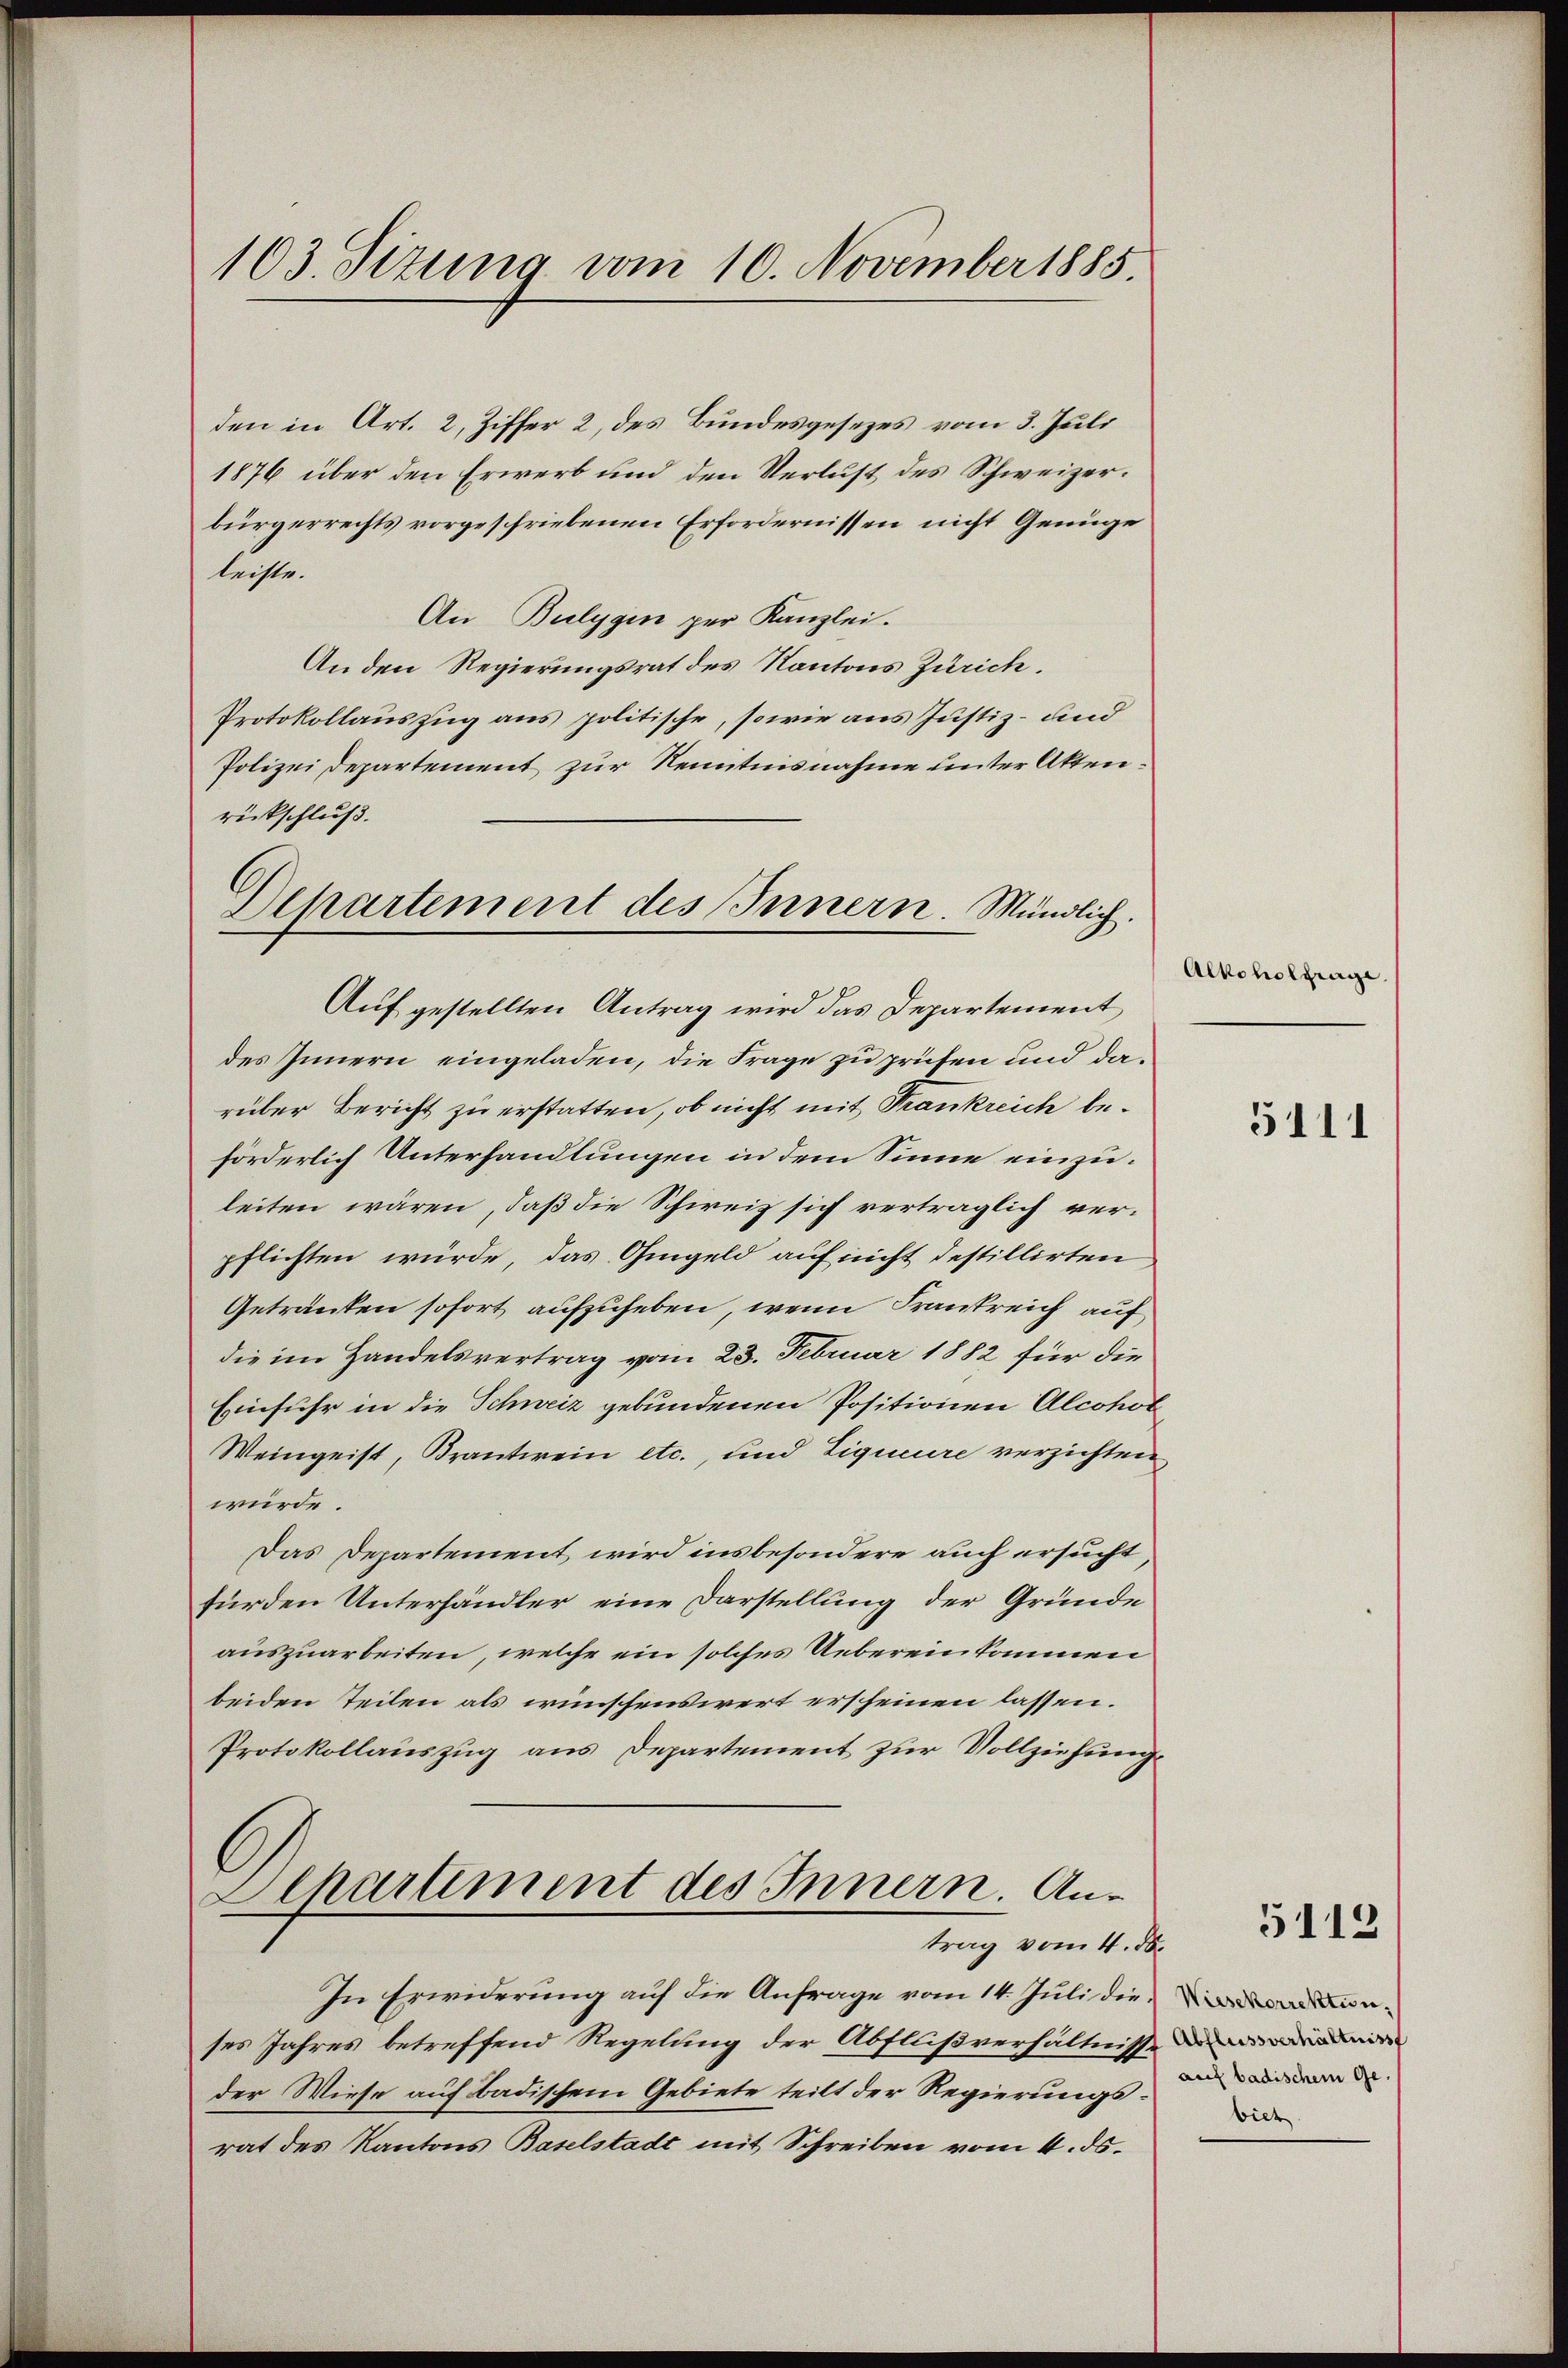
103. Sizung vom 10. November 1885.

den in Art. 2, Ziffer 2, des Bundesgesezes vom 3. Juli
1876 über den Erwerb und den Verlust des Schweizerbürgerrechts vorgeschriebenen Erfordernissen nicht Genüge
leiste.
An Bulygin per Kanzlei.
An den Regierungsrat des Kantons Zürich.
Protokollauszug aus politische, sowie aus Justiz- und
Polizei Departement zur Kenntnisnahme unter Akten.
rückschluß.

Dehartement des Innern. Mündlich.
Auf gestellten Antrag wird das Departement

des Innern eingeladen, die Frage zu prüfen und darüber Bericht zu erstatten, ob nicht mit Frankreich beförderlich Unterhandlungen in dem Sinne einzuleiten wären, daß die Schweiz sich verträglich verpflichten würde, das Ohmgeld auf nicht destillirten
Getränken sofort aufzuheben, wenn Frankreich auf
die im Handelsvertrag vom 23. Februar 1882 für die
Einfuhr in die Schweiz gebundenen Positionen Alcohol
Weingeist, Krantwein etc., und Liqueure verzichten,
würde.
Das Departement wird insbesondere auch ersucht,
fürden Unterhändler, eine Darstellung der Gründe
auszuarbeiten, welche ein solches Uebereinkommen
beiden Teilen als wünschenswert erscheinen lassen.
Protokollauszug aus Departement zur Vollziehung
Departiment des Innern. Antrag vom 4. d.
In Erwiderung auf die Anfrage vom 14. Juli dienses Jahres betreffend Regelung der Abflußverhältnisse
der Wiese auf badischem Gebiete teilt der Regierungsrat des Kantons Baselstadt mit Schreiben vom 4. ds.

Alkoholfrage.

5111

5112

auf badischem Gevieh